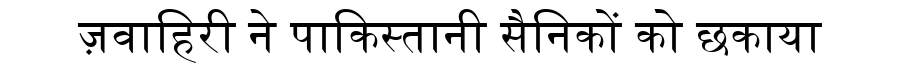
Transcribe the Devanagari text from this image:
ज़वाहिरी ने पाकिस्तानी सैनिकों को छकाया